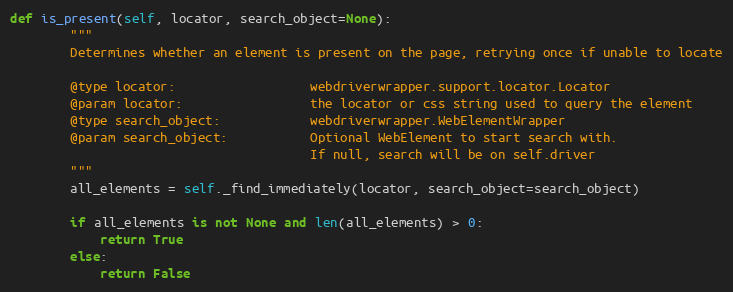
Language: Python
def is_present(self, locator, search_object=None):
        """
        Determines whether an element is present on the page, retrying once if unable to locate

        @type locator:                  webdriverwrapper.support.locator.Locator
        @param locator:                 the locator or css string used to query the element
        @type search_object:            webdriverwrapper.WebElementWrapper
        @param search_object:           Optional WebElement to start search with.
                                        If null, search will be on self.driver
        """
        all_elements = self._find_immediately(locator, search_object=search_object)

        if all_elements is not None and len(all_elements) > 0:
            return True
        else:
            return False